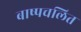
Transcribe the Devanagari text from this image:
बाष्पचलित